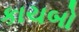
કાચબો